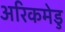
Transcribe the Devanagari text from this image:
अरिकमेडु